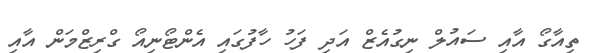
ތިއާގޯ އާއި ސައުލް ނިގުއެޒް އަދި ފަހު ހާފުގައި އެންޓޯނިއޯ ގްރިޒްމަން އާއި